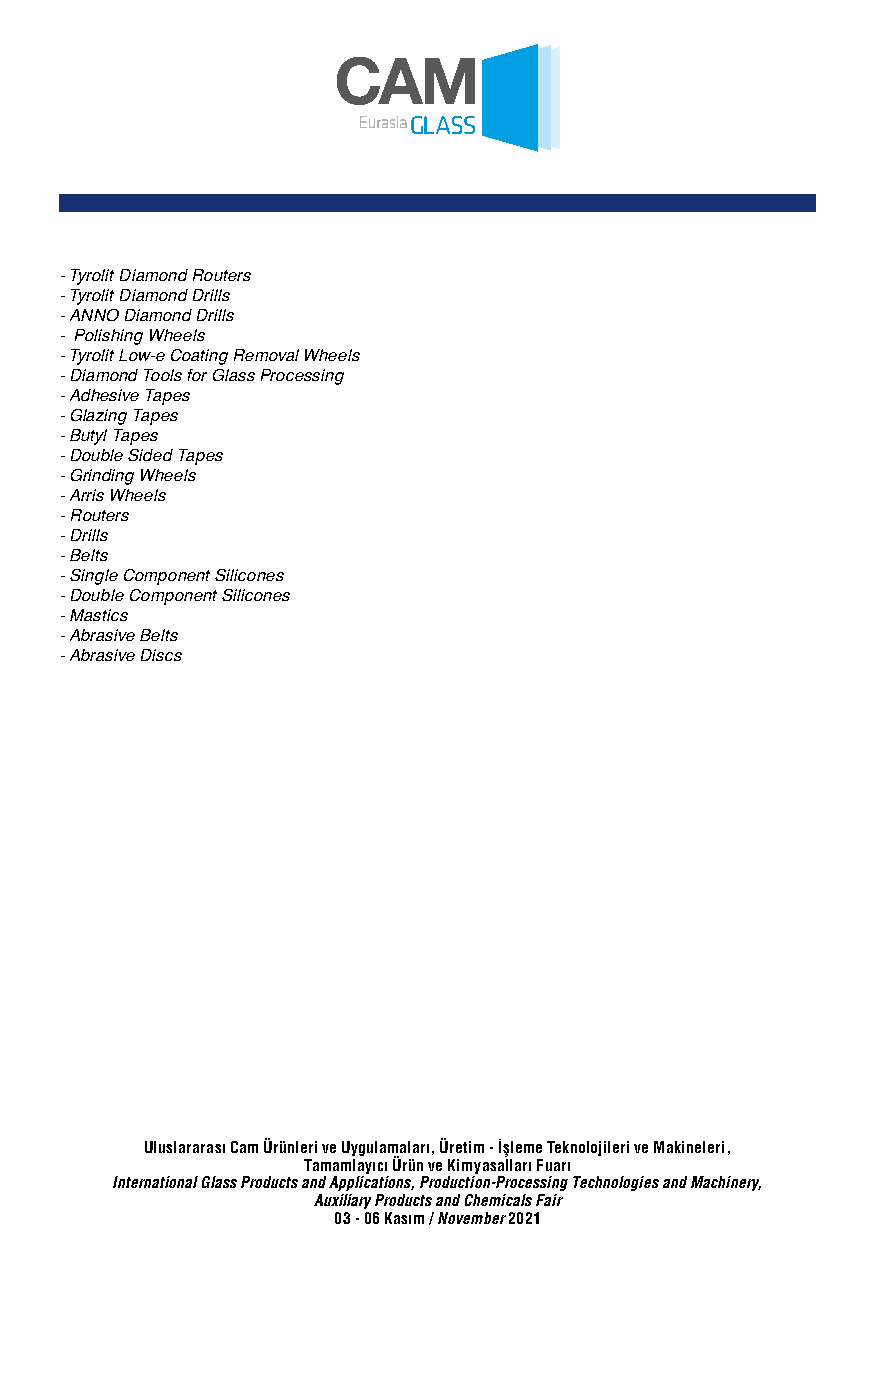
- Tyrolit Diamond Routers
 - Tyrolit Diamond Drills
 - ANNO Diamond Drills
 - Polishing Wheels
 - Tyrolit Low-e Coating Removal Wheels
 - Diamond Tools for Glass Processing
 - Adhesive Tapes
 - Glazing Tapes
 - Butyl Tapes
 - Double Sided Tapes
 - Grinding Wheels
 - Arris Wheels
 - Routers
 - Drills
 - Belts
 - Single Component Silicones
 - Double Component Silicones
 - Mastics
 - Abrasive Belts
 - Abrasive Discs
 Uluslararası Cam Ürünleri ve Uygulamaları, Üretim - İşleme Teknolojileri ve Makineleri,
 Tamamlayıcı Ürün ve Kimyasalları Fuarı
 International Glass Products and Applications, Production-Processing Technologies and Machinery,
 Auxiliary Products and Chemicals Fair
 03 - 06 Kasım / November 2021